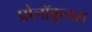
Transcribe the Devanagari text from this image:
प्रोलॉकुलस